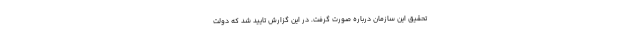
تحقیق این سازمان درباره صورت گرفت. در این گزارش تایید شد که دولت